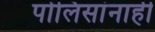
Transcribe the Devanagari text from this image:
पोलिसांनाही